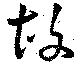
故